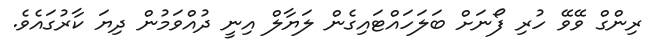
ރިންގް ވޭވޭ ހުރި ފޯނަށް ބަލަހައްޓައިގެން ލަޔާލް އިނީ ދުއްވަމުން ދިޔަ ކާރުގައެވެ.